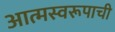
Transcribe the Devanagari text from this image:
आत्मस्वरूपाची